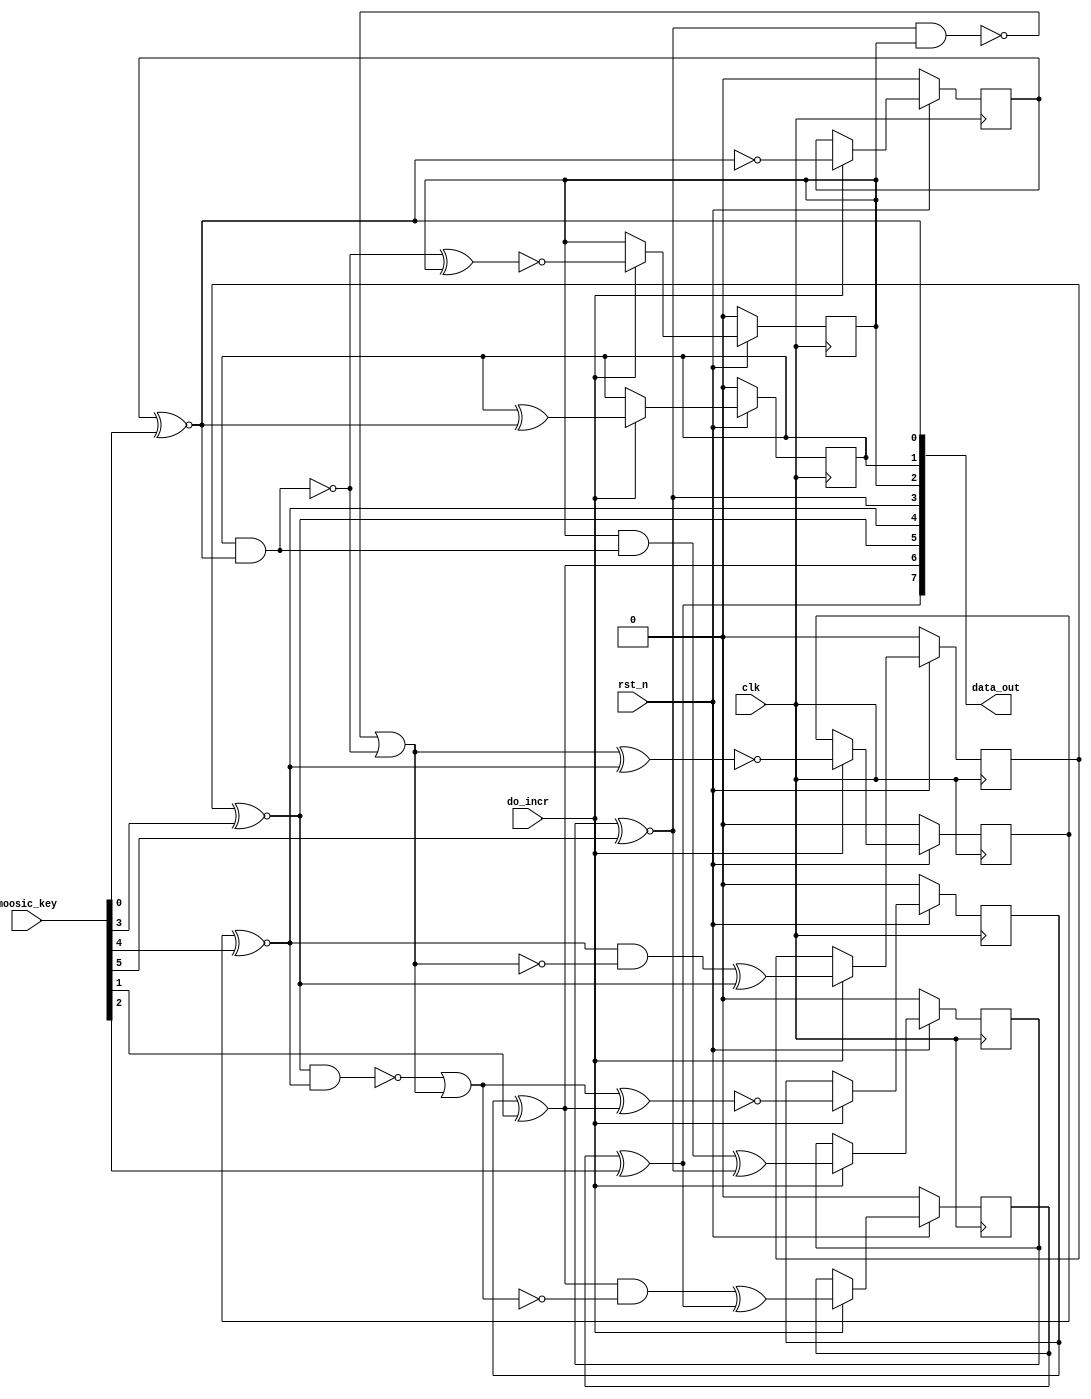
/* Generated by Yosys 0.35+56 (git sha1 8614d9b32, gcc 11.4.0-1ubuntu1~22.04 -fPIC -Os) */

(* src = "src/counter.v:2.1-21.10" *)
module counter(do_incr, data_out, clk, rst_n, moosic_key);
  wire _00_;
  wire _01_;
  wire _02_;
  wire _03_;
  wire _04_;
  wire _05_;
  wire _06_;
  wire _07_;
  (* force_downto = 32'd1 *)
  (* src = "src/counter.v:17.16-17.27|/home/alnurn/.local/bin/../share/yosys/techmap.v:270.23-270.24" *)
  wire [7:0] _08_;
  (* force_downto = 32'd1 *)
  (* src = "src/counter.v:17.16-17.27|/home/alnurn/.local/bin/../share/yosys/techmap.v:270.26-270.27" *)
  wire [7:0] _09_;
  reg _10_;
  reg _11_;
  reg _12_;
  reg _13_;
  reg _14_;
  reg _15_;
  (* src = "src/counter.v:5.13-5.16" *)
  input clk;
  wire clk;
  (* src = "src/counter.v:9.11-9.18" *)
  wire [7:0] counter;
  (* src = "src/counter.v:4.20-4.28" *)
  output [7:0] data_out;
  wire [7:0] data_out;
  (* src = "src/counter.v:3.13-3.20" *)
  input do_incr;
  wire do_incr;
  input [5:0] moosic_key;
  wire [5:0] moosic_key;
  (* src = "src/counter.v:6.13-6.18" *)
  input rst_n;
  wire rst_n;
  assign _08_[0] = ~counter[0];
  assign _09_[1] = counter[1] ^ counter[0];
  assign _00_ = ~(counter[1] & counter[0]);
  assign _09_[2] = ~(_00_ ^ counter[2]);
  assign _01_ = counter[2] & ~(_00_);
  assign _09_[3] = _01_ ^ counter[3];
  assign _02_ = ~(counter[3] & counter[2]);
  assign _03_ = _02_ | _00_;
  assign _09_[4] = ~(_03_ ^ counter[4]);
  assign _04_ = counter[4] & ~(_03_);
  assign _09_[5] = _04_ ^ counter[5];
  assign _05_ = ~(counter[5] & counter[4]);
  assign _06_ = _05_ | _03_;
  assign _09_[6] = ~(_06_ ^ counter[6]);
  assign _07_ = counter[6] & ~(_06_);
  assign _09_[7] = _07_ ^ counter[7];
  reg \counter_reg[2] ;
  (* src = "src/counter.v:13.1-19.4" *)
  always @(posedge clk)
    if (!rst_n) \counter_reg[2]  <= 1'h0;
    else if (do_incr) \counter_reg[2]  <= _09_[2];
  assign counter[2] = \counter_reg[2] ;
  (* src = "src/counter.v:13.1-19.4" *)
  always @(posedge clk)
    if (!rst_n) _15_ <= 1'h0;
    else if (do_incr) _15_ <= _09_[3];
  (* src = "src/counter.v:13.1-19.4" *)
  always @(posedge clk)
    if (!rst_n) _14_ <= 1'h0;
    else if (do_incr) _14_ <= _09_[4];
  (* src = "src/counter.v:13.1-19.4" *)
  always @(posedge clk)
    if (!rst_n) _13_ <= 1'h0;
    else if (do_incr) _13_ <= _09_[5];
  (* src = "src/counter.v:13.1-19.4" *)
  always @(posedge clk)
    if (!rst_n) _11_ <= 1'h0;
    else if (do_incr) _11_ <= _09_[6];
  (* src = "src/counter.v:13.1-19.4" *)
  always @(posedge clk)
    if (!rst_n) _12_ <= 1'h0;
    else if (do_incr) _12_ <= _09_[7];
  (* src = "src/counter.v:13.1-19.4" *)
  always @(posedge clk)
    if (!rst_n) _10_ <= 1'h0;
    else if (do_incr) _10_ <= _08_[0];
  reg \counter_reg[1] ;
  (* src = "src/counter.v:13.1-19.4" *)
  always @(posedge clk)
    if (!rst_n) \counter_reg[1]  <= 1'h0;
    else if (do_incr) \counter_reg[1]  <= _09_[1];
  assign counter[1] = \counter_reg[1] ;
  assign counter[0] = _10_ ~^ moosic_key[0];
  assign counter[5] = _13_ ~^ moosic_key[3];
  assign counter[4] = _14_ ~^ moosic_key[4];
  assign counter[3] = _15_ ~^ moosic_key[5];
  assign counter[6] = _11_ ^ moosic_key[1];
  assign counter[7] = _12_ ^ moosic_key[2];
  assign _08_[7:1] = counter[7:1];
  assign _09_[0] = _08_[0];
  assign data_out = counter;
endmodule